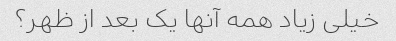
خیلی زیاد همه آنها یک بعد از ظهر؟